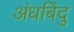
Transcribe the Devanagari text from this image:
अंधबिंदु